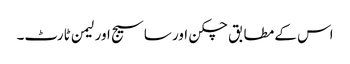
اس کے مطابق چکن اور ساسیج اور لیمن ٹارٹ۔